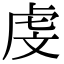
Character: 虔